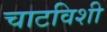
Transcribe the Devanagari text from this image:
चाटविशी